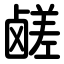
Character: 鹾